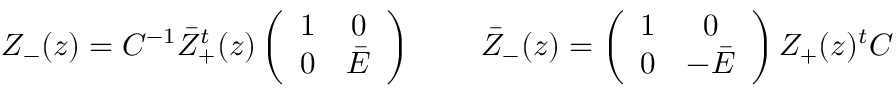
\begin{array} { c c } { { Z _ { - } ( z ) = C ^ { - 1 } \bar { Z } _ { + } ^ { t } ( z ) \left( \begin{array} { c c } { { 1 } } & { { 0 } } \\ { { 0 } } & { { \bar { \cal E } } } \end{array} \right) ~ ~ } } & { { ~ ~ \bar { Z } _ { - } ( z ) = \left( \begin{array} { c c } { { 1 } } & { { 0 } } \\ { { 0 } } & { { - \bar { \cal E } } } \end{array} \right) Z _ { + } ( z ) { } ^ { t } C } } \end{array}